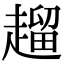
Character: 𧽖